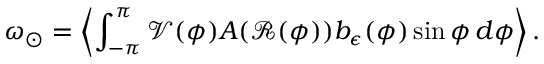
\omega _ { \odot } = \left\langle \int _ { - \pi } ^ { \pi } \mathcal { V } ( \phi ) A ( \mathcal { R } ( \phi ) ) b _ { \epsilon } ( \phi ) \sin \phi \, d \phi \right\rangle .